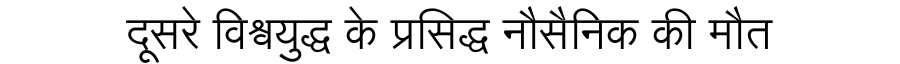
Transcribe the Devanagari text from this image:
दूसरे विश्वयुद्ध के प्रसिद्ध नौसैनिक की मौत